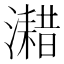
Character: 𤁏